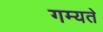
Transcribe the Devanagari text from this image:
गम्यते